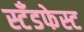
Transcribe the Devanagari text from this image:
स्टँडफेस्ट